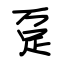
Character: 趸